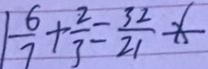
\frac { 6 } { 7 } + \frac { 2 } { 3 } = \frac { 3 2 } { 2 1 } x